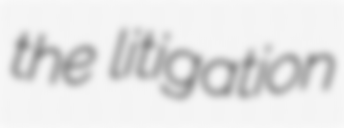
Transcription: the litigation